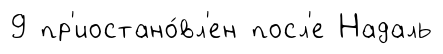
9 пр'иостано́вл'ен посл'е Надаль